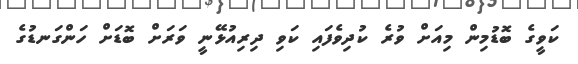
ކަވީގެ ބޮޑުމިން މިއަށް ވުރެ ކުދިވެފައި ކަވި ދިރިއުޅޭނީ ވަރަށް ބޮޑަށް ހަންގަނޑުގެ